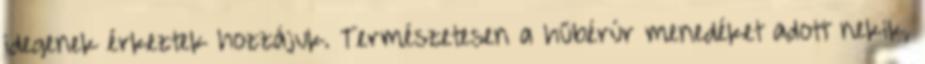
idegenek érkeztek hozzájuk. Természetesen a hűbérúr menedéket adott nekik,